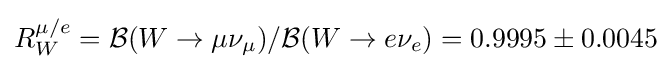
R_{W}^{\mu /e}={\mathcal {B}}(W\rightarrow \mu \nu _{\mu })/{\mathcal {B}}(W\rightarrow e\nu _{e})=0.9995\pm 0.0045